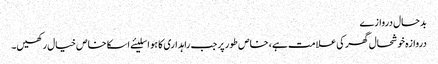
بدحال دروازے
دروازہ خوشحال گھر کی علامت ہے، خاص طور پر جب راہداری کا ہو اسلیئے اسکا خاص خیال رکھیں۔